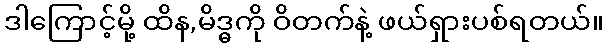
ဒါကြောင့်မို့ ထိန,မိဒ္ဓကို ဝိတက်နဲ့ ဖယ်ရှားပစ်ရတယ်။